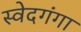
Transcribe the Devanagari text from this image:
स्वेदगंगा